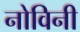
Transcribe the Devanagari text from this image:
नोविनी